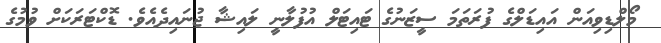
މޯލްޑިވިއަން އައިޑަލްގެ ފުރަތަމަ ސީޒަނުގެ ޓައިޓަލް އުފުލާނީ ލައިޝާ ޖުނައިދެއެވެ. ޑޮކްޓަރަކަށް ވުމުގެ